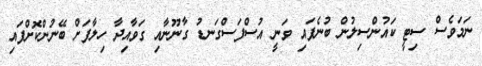
ނަމަވެސް ސިޓީ ކައުންސިލުން ބުނެފައި ވަނީ އުސްފަސްގަނޑު ގާނޫނާއި ގަވާއިދާ ހިލާފަށް ބޭނުންކޮށްފައި